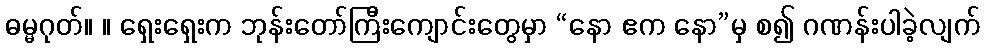
ဓမ္မဂုတ်။ ။ ရှေးရှေးက ဘုန်းတော်ကြီးကျောင်းတွေမှာ “နော ဧက နော”မှ စ၍ ဂဏန်းပါခဲ့လျက်